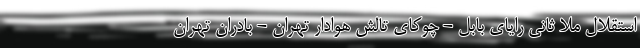
استقلال ملا ثانی رایای بابل - چوکای تالش هوادار تهران - بادران تهران